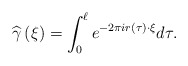
\begin{align*}\widehat{\gamma }\left( \xi \right) =\int_{0}^{\ell}e^{-2\pi ir\left( \tau \right)\cdot \xi }d\tau .\end{align*}